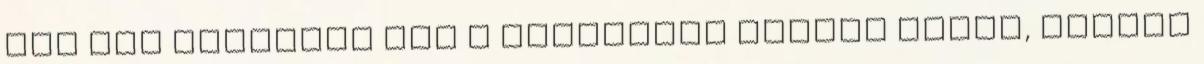
még nem találtam meg a megfelelõ módját annak, hogyan